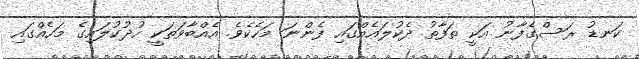
ކަނޑު ރަސްގެފާނު އަކީ ތަފާތު ދެކުލައެއްގައި ފެންނަ މަހެކެވެ. އެއްބާވަތަކީ ހުދުކުލައިގެ މަހެއްގައި